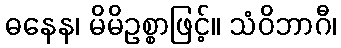
ဓနေန၊ မိမိဥစ္စာဖြင့်။ သံဝိဘာဂီ၊